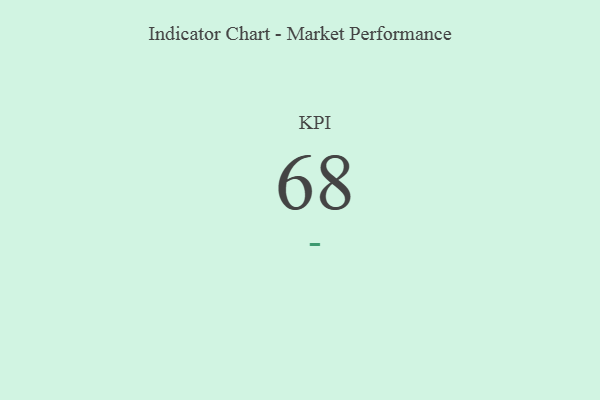
{"axis": {"x": "KPI", "y": "Value"}, "legend": [""], "data": [{"x": "KPI", "y": 68, "type": ""}]}